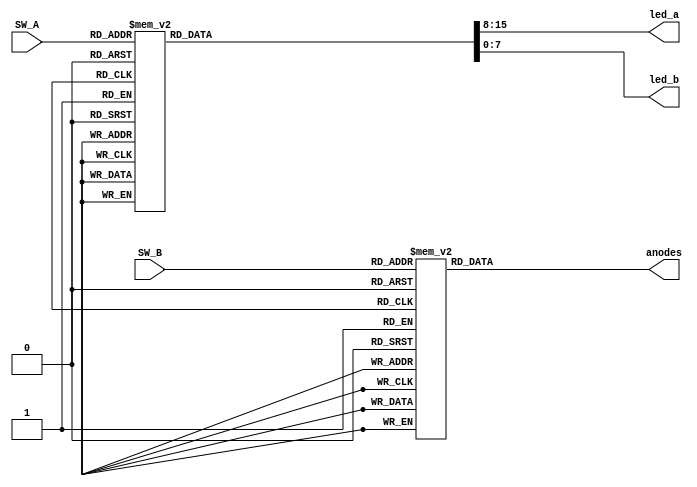
`timescale 1ns / 1ps

module seven_segment(SW_A, SW_B, anodes, led_a, led_b);

    input [7:4] SW_A;
    input [3:1] SW_B;
    output reg [7:0] anodes;
    output reg [7:0] led_a, led_b;
    
    // 0 - F

    always @(SW_A)
        case (SW_A)
            4'b0000: {led_a, led_b} = {8'b11111100, 8'b11111100}; // "0"     
            4'b0001: {led_a, led_b} = {8'b01100000, 8'b01100000}; // "1" , 
            4'b0010: {led_a, led_b} = {8'b11011010, 8'b11011010}; // "2" 
            4'b0011: {led_a, led_b} = {8'b11110010, 8'b11110010}; // "3" 
            4'b0100: {led_a, led_b} = {8'b01100110, 8'b01100110}; // "4" 
            4'b0101: {led_a, led_b} = {8'b10110110, 8'b10110110}; // "5" 
            4'b0110: {led_a, led_b} = {8'b10111110, 8'b10111110}; // "6" 
            4'b0111: {led_a, led_b} = {8'b11100000, 8'b11100000}; // "7" 
            4'b1000: {led_a, led_b} = {8'b11111110, 8'b11111110}; // "8"     
            4'b1001: {led_a, led_b} = {8'b11110110, 8'b11110110}; // "9" 
            4'b1010: {led_a, led_b} = {8'b11101110, 8'b11101110}; // A
            4'b1011: {led_a, led_b} = {8'b00111110, 8'b00111110}; // B
            4'b1100: {led_a, led_b} = {8'b10011100, 8'b10011100}; // C
            4'b1101: {led_a, led_b} = {8'b01111010, 8'b01111010}; // D
            4'b1110: {led_a, led_b} = {8'b10011110, 8'b10011110}; // E
            4'b1111:  {led_a, led_b} = {8'b10001110, 8'b10001110}; // F
        default:  {led_a, led_b} = {8'b11111100, 8'b11111100}; // "0
        endcase
    // Switch - Display Numbers
    always @(SW_B)
        case (SW_B)
            3'b000: anodes = 8'b00000001;
            3'b001: anodes = 8'b00000010;
            3'b010: anodes = 8'b00000100;
            3'b011: anodes = 8'b00001000;
            3'b100: anodes = 8'b00010000;
            3'b101: anodes = 8'b00100000;
            3'b110: anodes = 8'b01000000;
            3'b111: anodes = 8'b10000000;
    endcase
  
endmodule